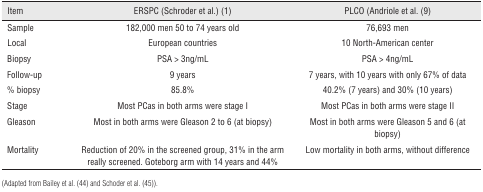
<table><thead><tr><td><b>Item</b></td><td><b>ERSPC (Schroder et al.) (1)</b></td><td><b>PLCO (Andriole et al. (9)</b></td></tr></thead><tbody><tr><td>Sample</td><td>182,000 men 50 to 74 years old</td><td>76,693 men</td></tr><tr><td>Local</td><td>European countries</td><td>10 North-American center</td></tr><tr><td>Biopsy</td><td>PSA &gt; 3ng/mL</td><td>PSA &gt; 4ng/mL</td></tr><tr><td>Follow-up</td><td>9 years</td><td>7 years, with 10 years with only 67% of data</td></tr><tr><td>% biopsy</td><td>85.8%</td><td>40.2% (7 years) and 30% (10 years)</td></tr><tr><td>Stage</td><td>Most PCas in both arms were stage I</td><td>Most PCas in both arms were stage II</td></tr><tr><td>Gleason</td><td>Most in both arms were Gleason 2 to 6 (at biopsy)</td><td>Most in both arms were Gleason 5 and 6 (at biopsy)</td></tr><tr><td>Mortality</td><td>Reduction of 20% in the screened group, 31% in the arm really screened. Goteborg arm with 14 years and 44%</td><td>Low mortality in both arms, without difference</td></tr></tbody></table>